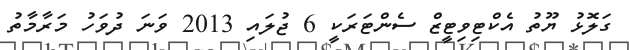
ގަލޮޅު ޔޫތު އެކްޓިވިޓީޒް ސެންޓަރަކީ 6 ޖުލައި 2013 ވަނަ ދުވަހު މަރާމާތު